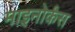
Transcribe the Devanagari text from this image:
माइनोर्कंस